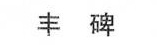
丰碑